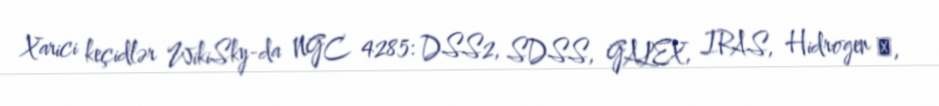
Xarici keçidlər WikiSky-da NGC 4285: DSS2, SDSS, GALEX, IRAS, Hidrogen α,